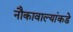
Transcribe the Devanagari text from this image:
नौकावाल्यांकडे